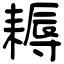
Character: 耨